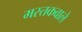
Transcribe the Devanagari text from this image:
मस्तकवाले